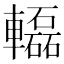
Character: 𨏒